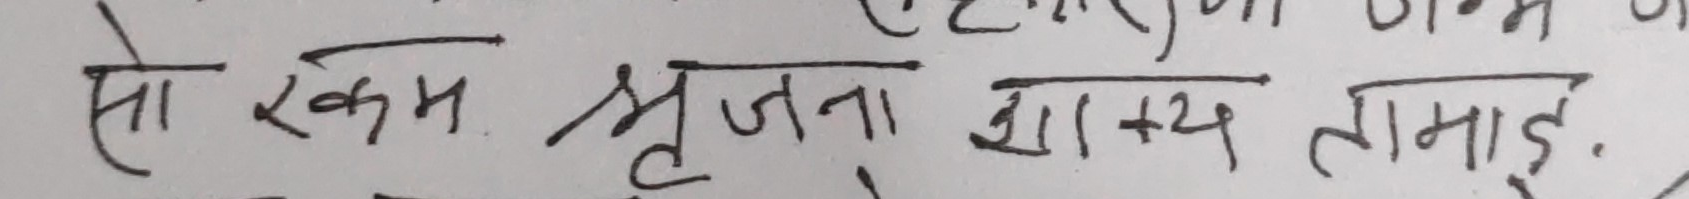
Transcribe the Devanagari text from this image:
सो रकम श्रृजना शास्त्र तामाङ्ग.